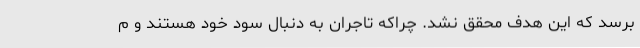
برسد که این هدف محقق نشد. چراکه تاجران به دنبال سود خود هستند و م